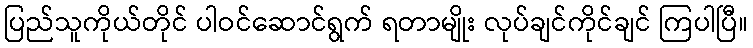
ပြည်သူကိုယ်တိုင် ပါဝင်ဆောင်ရွက် ရတာမျိုး လုပ်ချင်ကိုင်ချင် ကြပါပြီ။